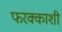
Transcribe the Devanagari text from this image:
फरक्काशी